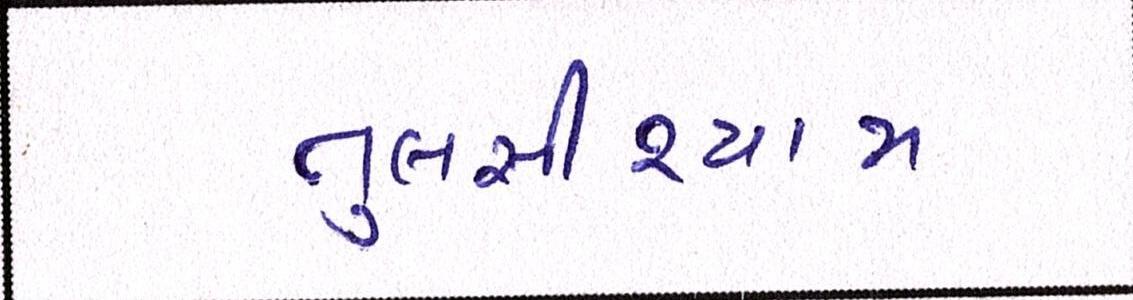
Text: તુલસીશ્યામ